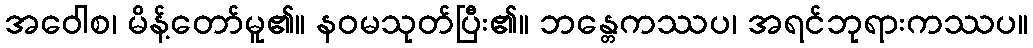
အဝေါစ၊ မိန့်တော်မူ၏။ နဝမသုတ်ပြီး၏။ ဘန္တေကဿပ၊ အရင်ဘုရားကဿပ။